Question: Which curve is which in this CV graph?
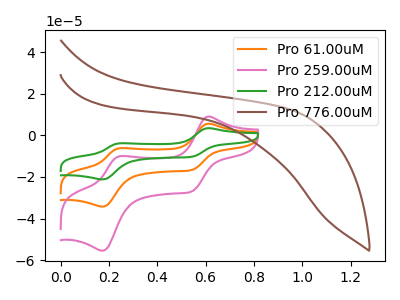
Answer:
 <answer>The orange curve is labeled "Pro 61.00uM". The pink curve is labeled "Pro 259.00uM". The green curve is labeled "Pro 212.00uM". The brown curve is labeled "Pro 776.00uM".</answer>
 <eval></eval>